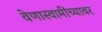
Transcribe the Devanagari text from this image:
वेणास्वामींच्यावर